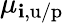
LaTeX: \mu_{\mathbf{i},\mathrm{{u/p}}}